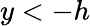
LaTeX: y<-h